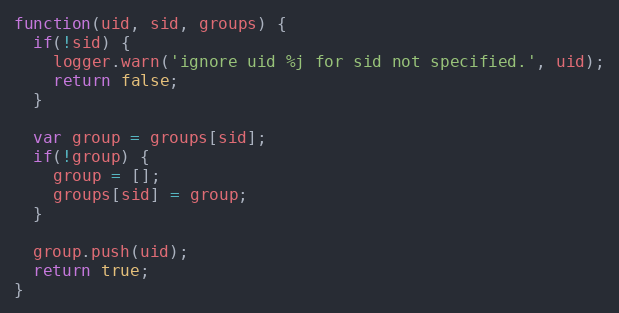
Language: JavaScript
function(uid, sid, groups) {
  if(!sid) {
    logger.warn('ignore uid %j for sid not specified.', uid);
    return false;
  }

  var group = groups[sid];
  if(!group) {
    group = [];
    groups[sid] = group;
  }

  group.push(uid);
  return true;
}